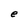
Character: e